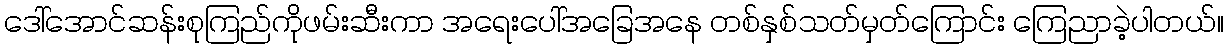
ဒေါ်အောင်ဆန်းစုကြည်ကိုဖမ်းဆီးကာ အရေးပေါ်အခြေအနေ တစ်နှစ်သတ်မှတ်ကြောင်း ကြေညာခဲ့ပါတယ်။